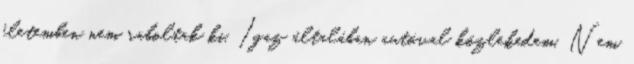
életemben nem raboltak ki. Igaz általában autóval közlekedem. Nem